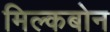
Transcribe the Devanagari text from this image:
मिल्कबोन